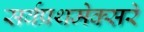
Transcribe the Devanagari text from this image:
सर्वप्रथमेक्सरे